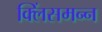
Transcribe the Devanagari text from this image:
क्लिंसमन्न